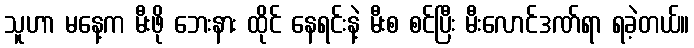
သူဟာ မနေ့က မီးဖို ဘေးနား ထိုင် နေရင်းနဲ့ မီးစ စင်ပြီး မီးလောင်ဒဏ်ရာ ရခဲ့တယ်။